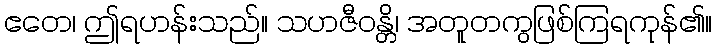
ဧတေ၊ ဤရဟန်းသည်။ သဟဇီဝန္တိ၊ အတူတကွဖြစ်ကြရကုန်၏။